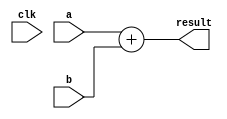
module example_behavioral_model (
    input  wire [3:0] a,      // 4-bit input
    input  wire [3:0] b,      // 4-bit input
    input  wire clk,          // Clock signal for state management
    output reg [4:0] result   // 5-bit output to hold result of some operation
);

    // State variable (example)
    reg [1:0] state;

    // Task definition to perform addition and update state
    task perform_operation;
        input [3:0] a_in;
        input [3:0] b_in;
        begin
            // Simple addition operation
            result <= a_in + b_in;  // Non-blocking assignment for output
            // Example state management
            state <= state + 1;     // Increment state
        end
    endtask

    // Continuous assignment block (using non-blocking assignment)
    always @(*) begin
        // Trigger the task when inputs change
        perform_operation(a, b);
    end

    // Example state management using clock
    always @(posedge clk) begin
        // For example, reset the state on some condition
        if (state == 2'b11) begin
            state <= 2'b00; // Reset state
        end
    end

endmodule